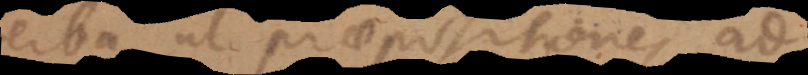
verba, ut praepositiones ad